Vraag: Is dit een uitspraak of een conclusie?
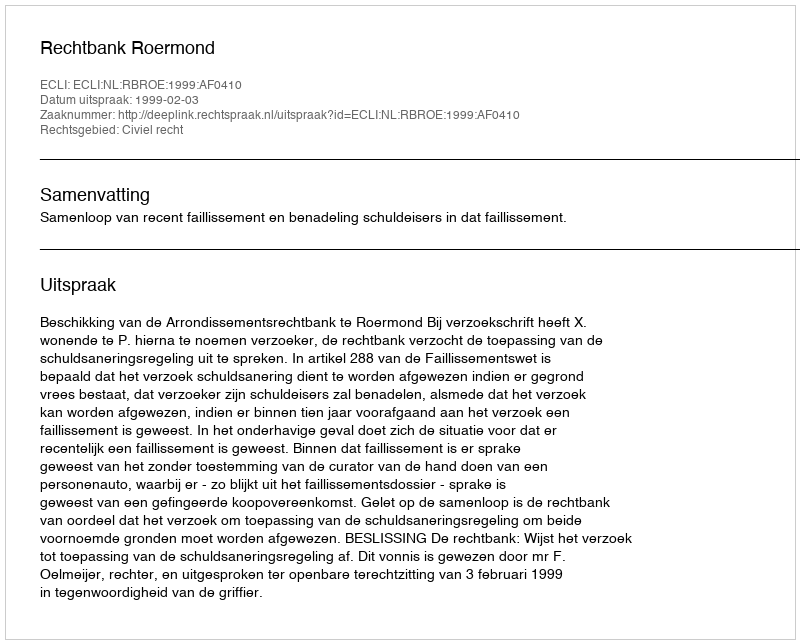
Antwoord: Uitspraak